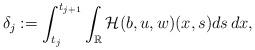
LaTeX: \begin{align*}\delta_j:=\int_{t_j}^{t_{j+1}}\int_{\mathbb{R}}\mathcal{H}(b,u,w)(x,s)ds\,dx,\end{align*}